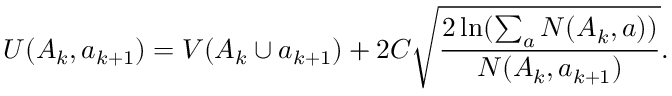
U ( A _ { k } , a _ { k + 1 } ) = V ( A _ { k } \cup a _ { k + 1 } ) + 2 C \sqrt { \frac { 2 \ln ( \sum _ { a } N ( A _ { k } , a ) ) } { N ( A _ { k } , a _ { k + 1 } ) } } .